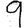
Digit: 9